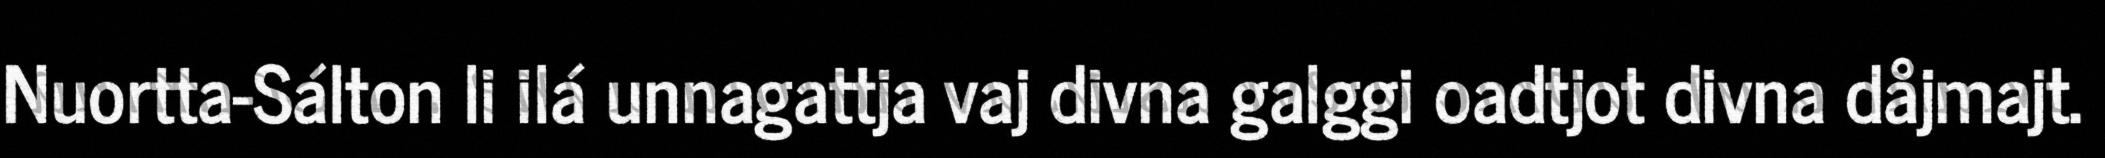
Nuortta-Sálton li ilá unnagattja vaj divna galggi oadtjot divna dåjmajt.